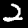
Digit: 2